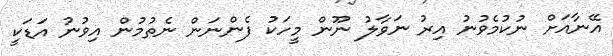
އޭނާއަށް ނުކުމެވުނު އިރު ނަވާލު ނޫން މީހަކު ފެންނަން ނެތުމުން އިވުނު އަޑަކީ